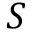
S